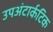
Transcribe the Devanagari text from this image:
उपअंटार्कटिक